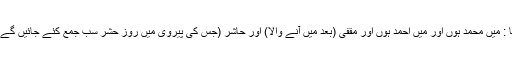
آپ صلی اللہ علیہ وآلہ وسلم نے فرمایا : میں محمد ہوں اور میں احمد ہوں اور مقفی (بعد میں آنے والا) اور حاشر (جس کی پیروی میں روزِ حشر سب جمع کئے جائیں گے) ہوں اور نبی التوبہ، نبی الرحمہ ہوں۔